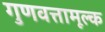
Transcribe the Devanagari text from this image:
गुणवत्तामूल्क